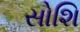
સોશિ